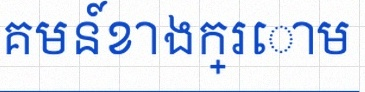
គណនាលីមីតនៃអនុគមន៍ខាងក្រោម